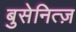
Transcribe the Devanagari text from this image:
बुसेनित्ज़